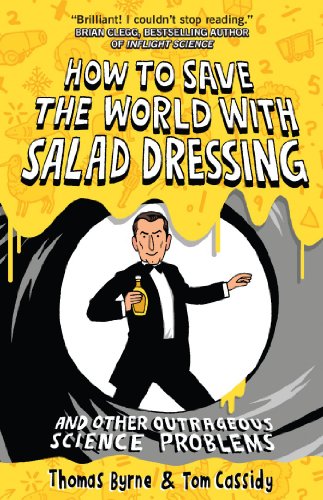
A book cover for How To Save the World with Salad Dressing: and Other Outrageous Science Problems; Thomas Byrne; Humor & Entertainment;